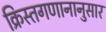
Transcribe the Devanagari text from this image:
क्रिस्तगणानानुसार